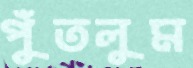
পুঁতলুম